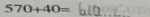
5 7 0 + 4 0 = 6 1 0